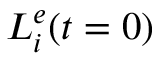
L _ { i } ^ { e } ( t = 0 )